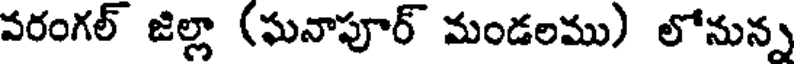
వరంగల్ జిల్లా (ఘనాపూర్ మండలము) లోనున్న